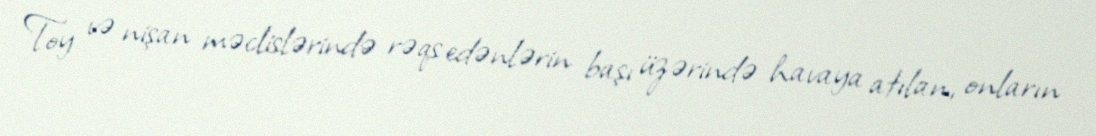
Toy və nişan məclislərində rəqs edənlərin başı üzərində havaya atılan, onların